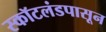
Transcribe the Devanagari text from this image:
स्कॉटलंडपासून